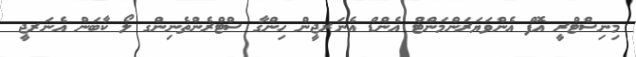
މިނިސްޓްރީ އޮފް އެންވަޔަރަންމަންޓް އެންޑް އެނަރޖީން ހިންގާ ސްޓްރެންތެނިންގ ލޯ ކާބަން އެނަރޖީ